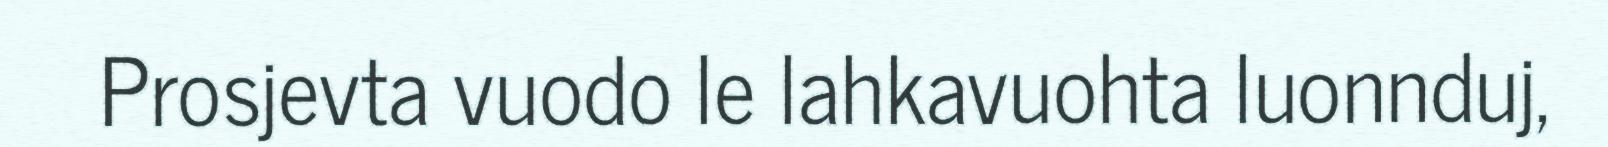
Prosjevta vuodo le lahkavuohta luonnduj,